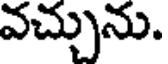
వచ్చును.